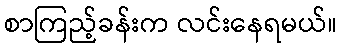
စာကြည့်ခန်းက လင်းနေရမယ်။